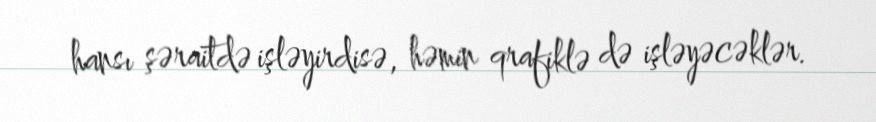
hansı şəraitdə işləyirdisə, həmin qrafiklə də işləyəcəklər.